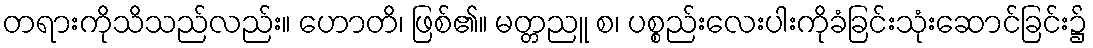
တရားကိုသိသည်လည်း။ ဟောတိ၊ ဖြစ်၏။ မတ္တညူ စ၊ ပစ္စည်းလေးပါးကိုခံခြင်းသုံးဆောင်ခြင်း၌